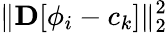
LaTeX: \lVert{\mathbf D}[\phi_{i}-c_{k}]\rVert_{2}^{2}